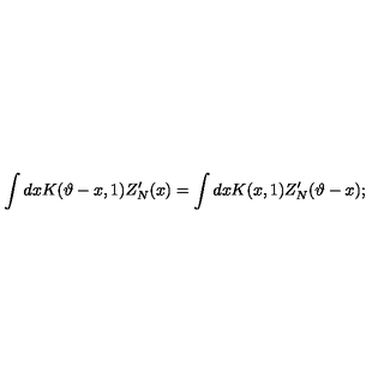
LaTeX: \int d x K ( \vartheta - x , 1 ) Z _ { N } ^ { \prime } ( x ) = \int d x K ( x , 1 ) Z _ { N } ^ { \prime } ( \vartheta - x ) ;